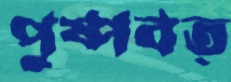
পুষ্পবত্